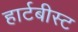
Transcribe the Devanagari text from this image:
हार्टबीस्ट